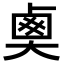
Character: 𡙏